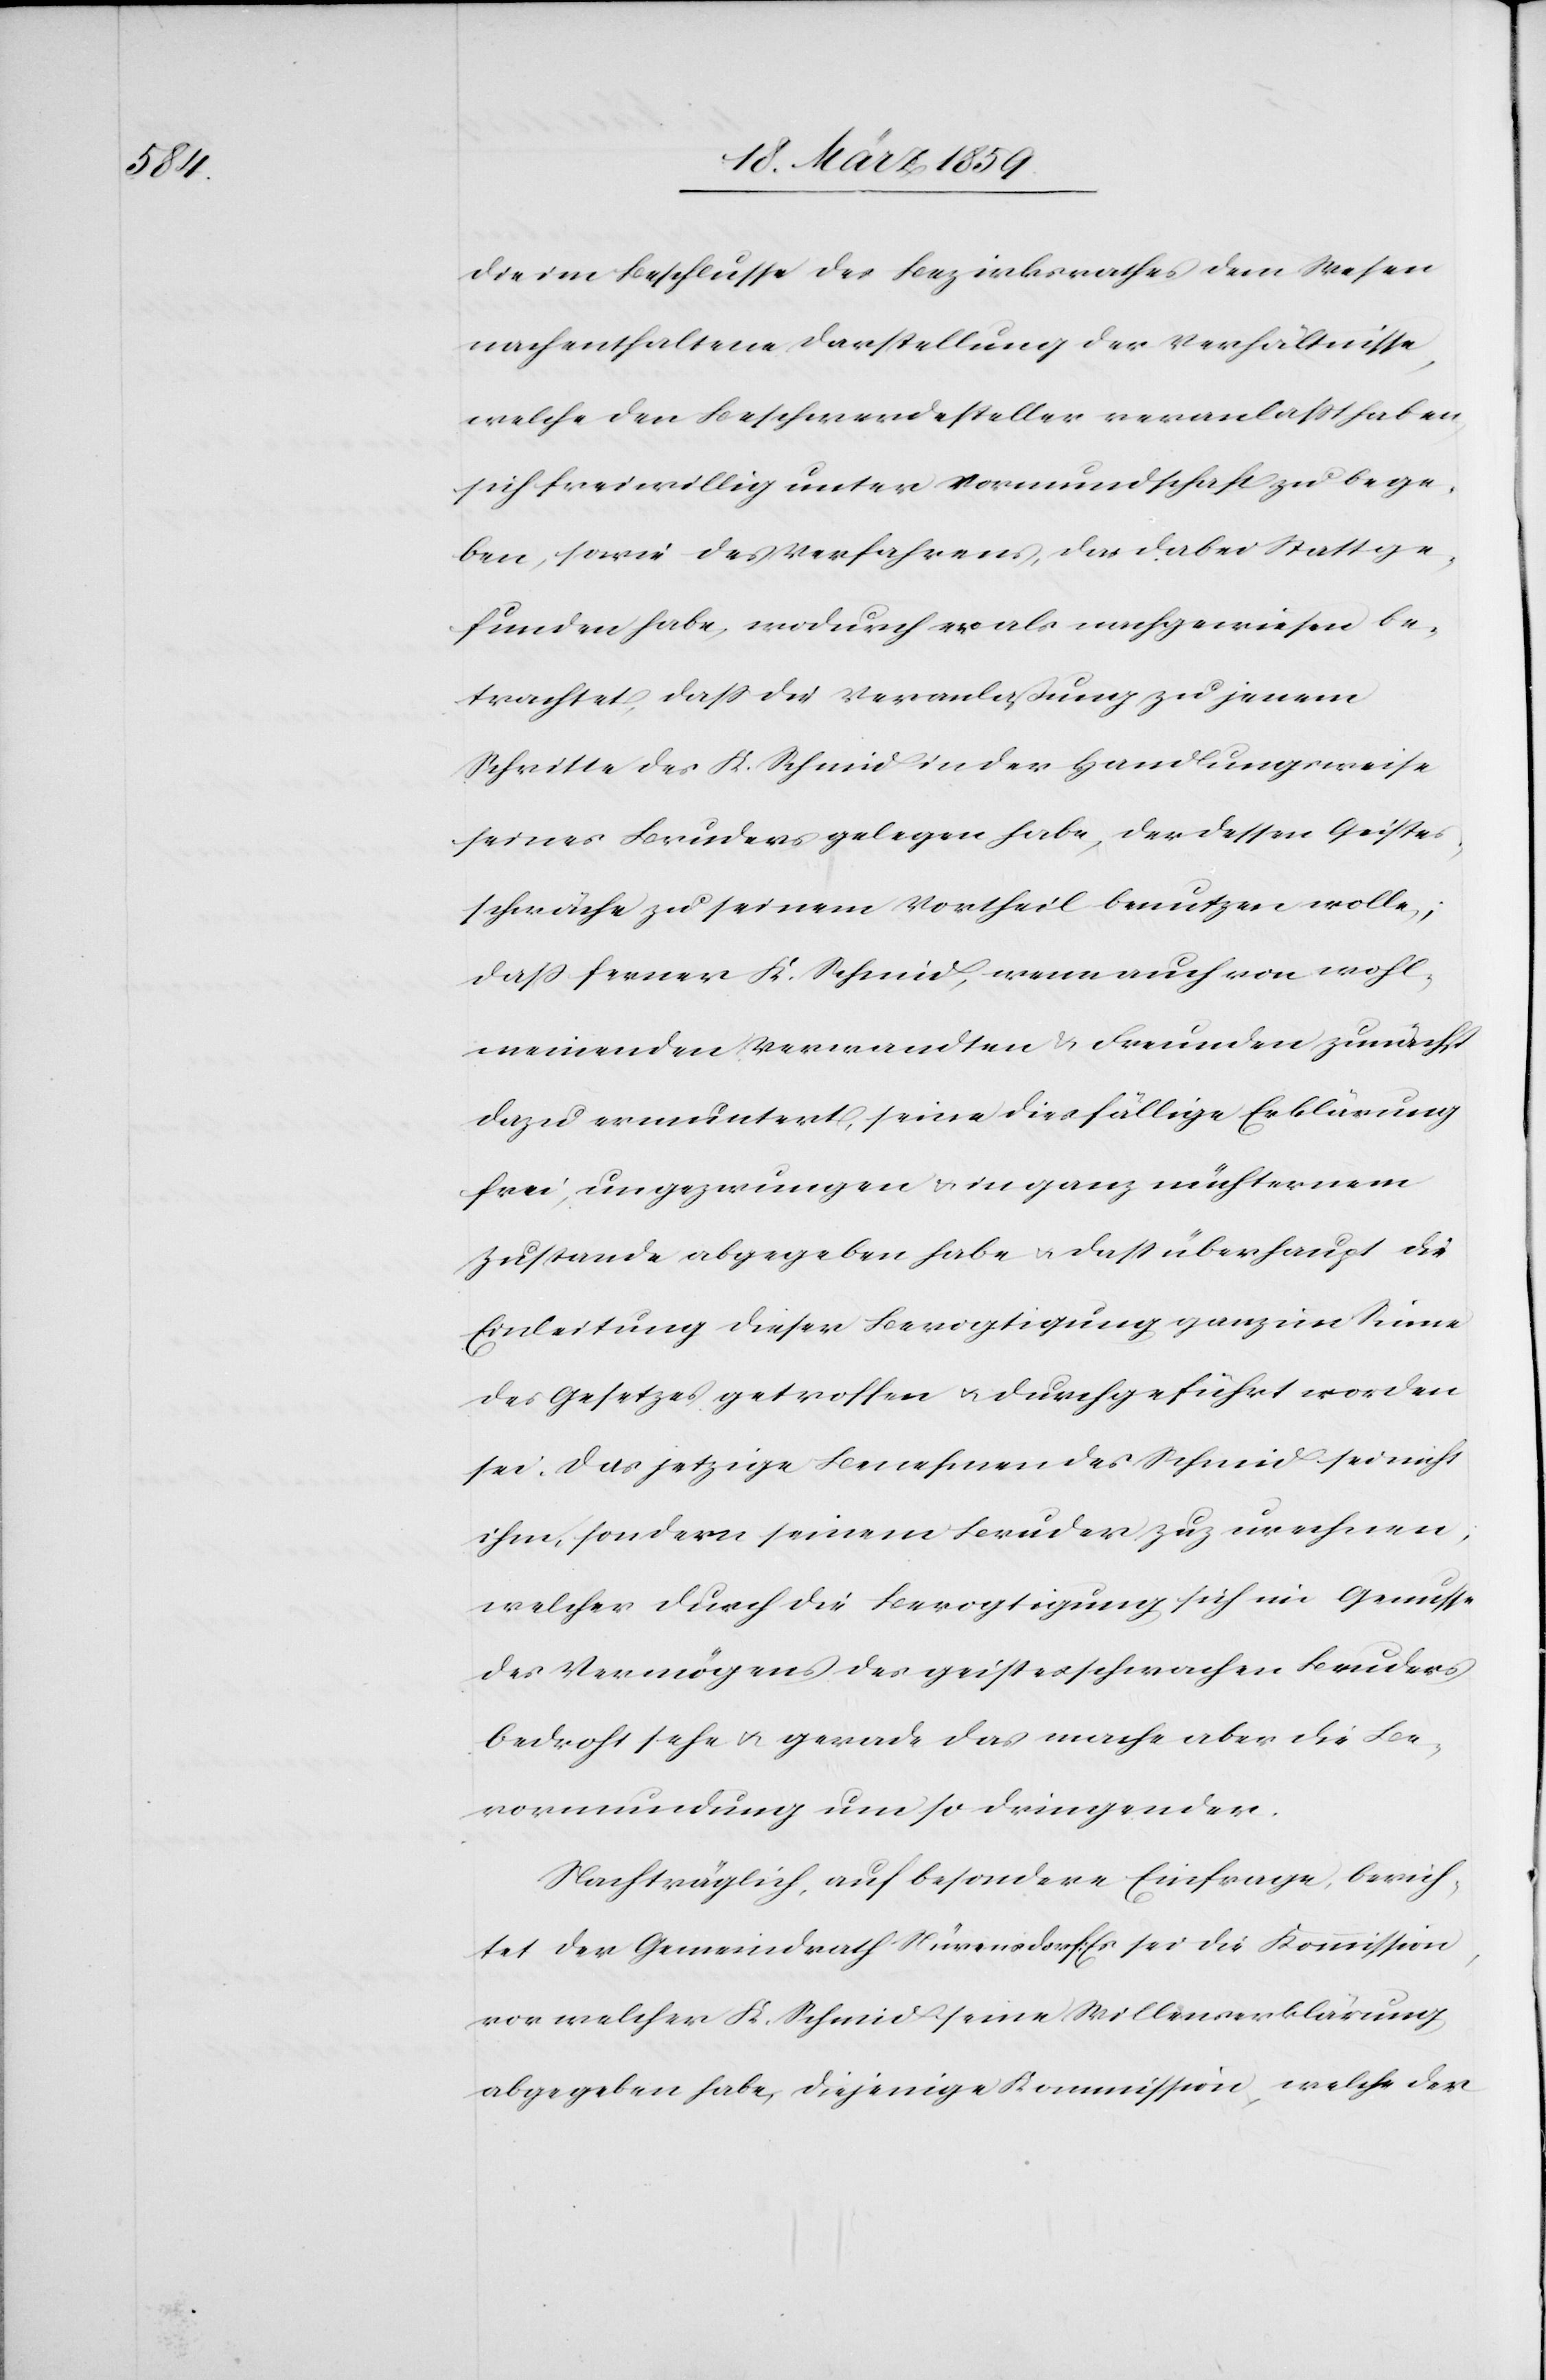
die im Beschlusse des Bezirksrathes dem Wesen
nachenthaltene Darstellung der Verhältnisse,
welche den Beschwerdesteller veranlaßt haben,
sich freiwillig unter Vormundschaft zu bege¬
ben, sowie des Verfahrens, das dabei Statt ge¬
funden habe, wodurch er als nachgewiesen be¬
trachtet, daß die Veranlaßung zu jenem
Schritte des K. Schmid in der Handlungsweise
seines Bruders gelegen habe, der dessen Geistes¬
schwäche zu seinem Vortheil benutzen wolle;
daß ferner K. Schmid, wenn auch von wohl¬
meinenden Verwandten & Freunden zunächst
dazu ermuntert, seine diesfällige Erklärung
frei, ungezwungen u. in ganz nüchternem
Zustande abgegeben habe u. daß überhaupt die
Einleitung dieser Bevogtigung ganz im Sinne
des Gesetzes getroffen u. durchgeführt worden
sei. Das jetzige Benehmen des Schmid sei nicht
ihm, sondern seinem Bruder zuzurechnen,
welcher durch die Bevogtigung sich im Genusse
des Vermögens des geistesschwachen Bruders
bedroht sehe u. gerade das mache aber die Be¬
vormundung um so dringender.
Nachträglich, auf besondere Einfrage, berich¬
tet der Gemeindrath Nürensdorf: Es sei die Kommission,
von welcher K. Schmid seine Willenserklärung
abgegeben habe, diejenige Kommission, welche der